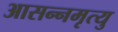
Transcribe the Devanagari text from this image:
आसन्नमृत्यु